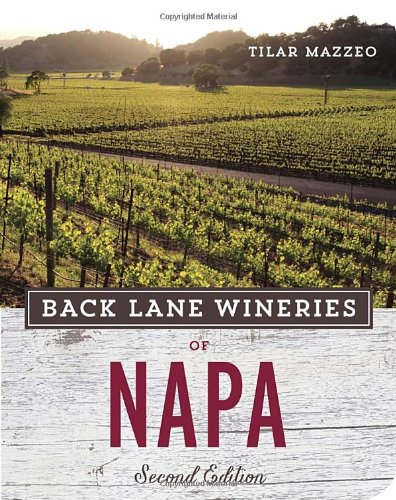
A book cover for Back Lane Wineries of Napa, Second Edition; Tilar Mazzeo; Travel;